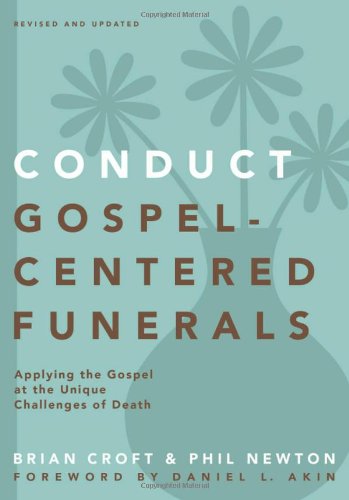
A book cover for Conduct Gospel-Centered Funerals: Applying the Gospel at the Unique Challenges of Death (Practical Shepherding Series); Brian Croft; Christian Books & Bibles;